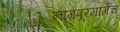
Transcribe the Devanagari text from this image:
नागपूरमार्गेच